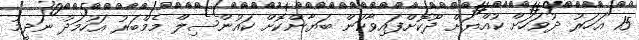
15 އަހަރު ދުވަހަށް ކުއްޔަށް ދޫކޮށްފައިވާކަން ބަޔާންކޮށް ކައުންސިލް މެމްބަރު އަހުމަދު ނަދީމު